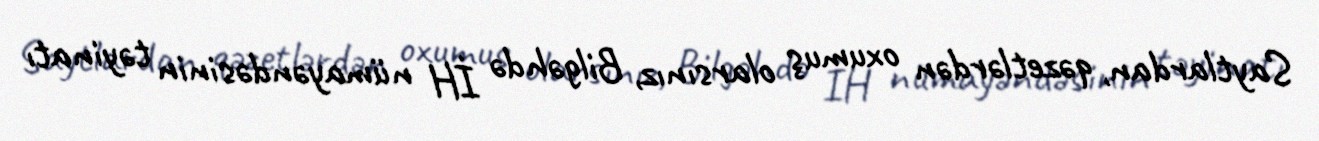
Saytlardan, qəzetlərdən oxumuş olarsınız, Bilgəhdə İH nümayəndəsinin təyinatı